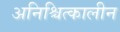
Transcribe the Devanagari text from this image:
अनिश्चित्कालीन